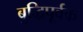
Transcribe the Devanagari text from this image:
बुद्धिपूर्वक